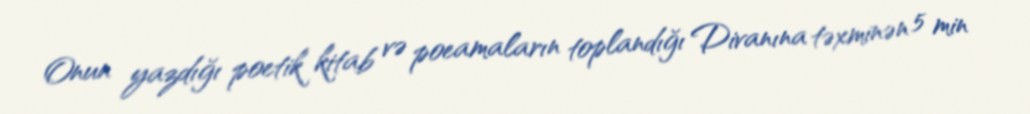
Onun yazdığı poetik kitab və poeamaların toplandığı Divanına təxminən 5 min